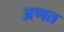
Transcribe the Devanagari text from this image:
अणत